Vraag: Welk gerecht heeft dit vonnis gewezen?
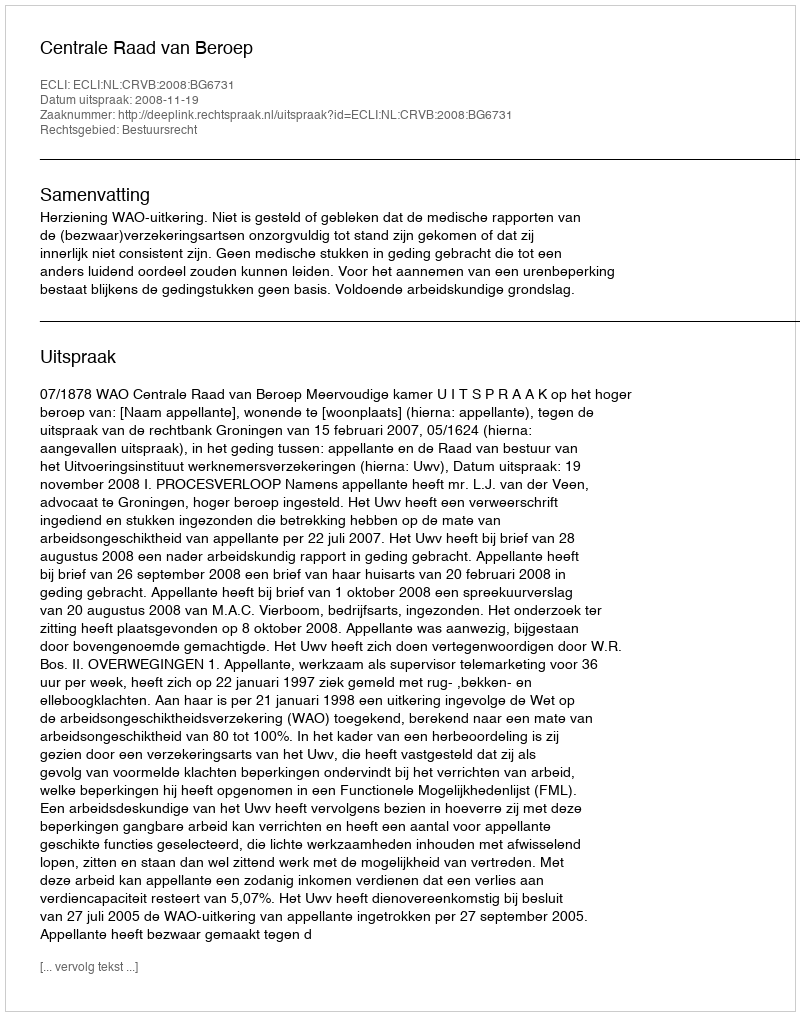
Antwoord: Centrale Raad van Beroep